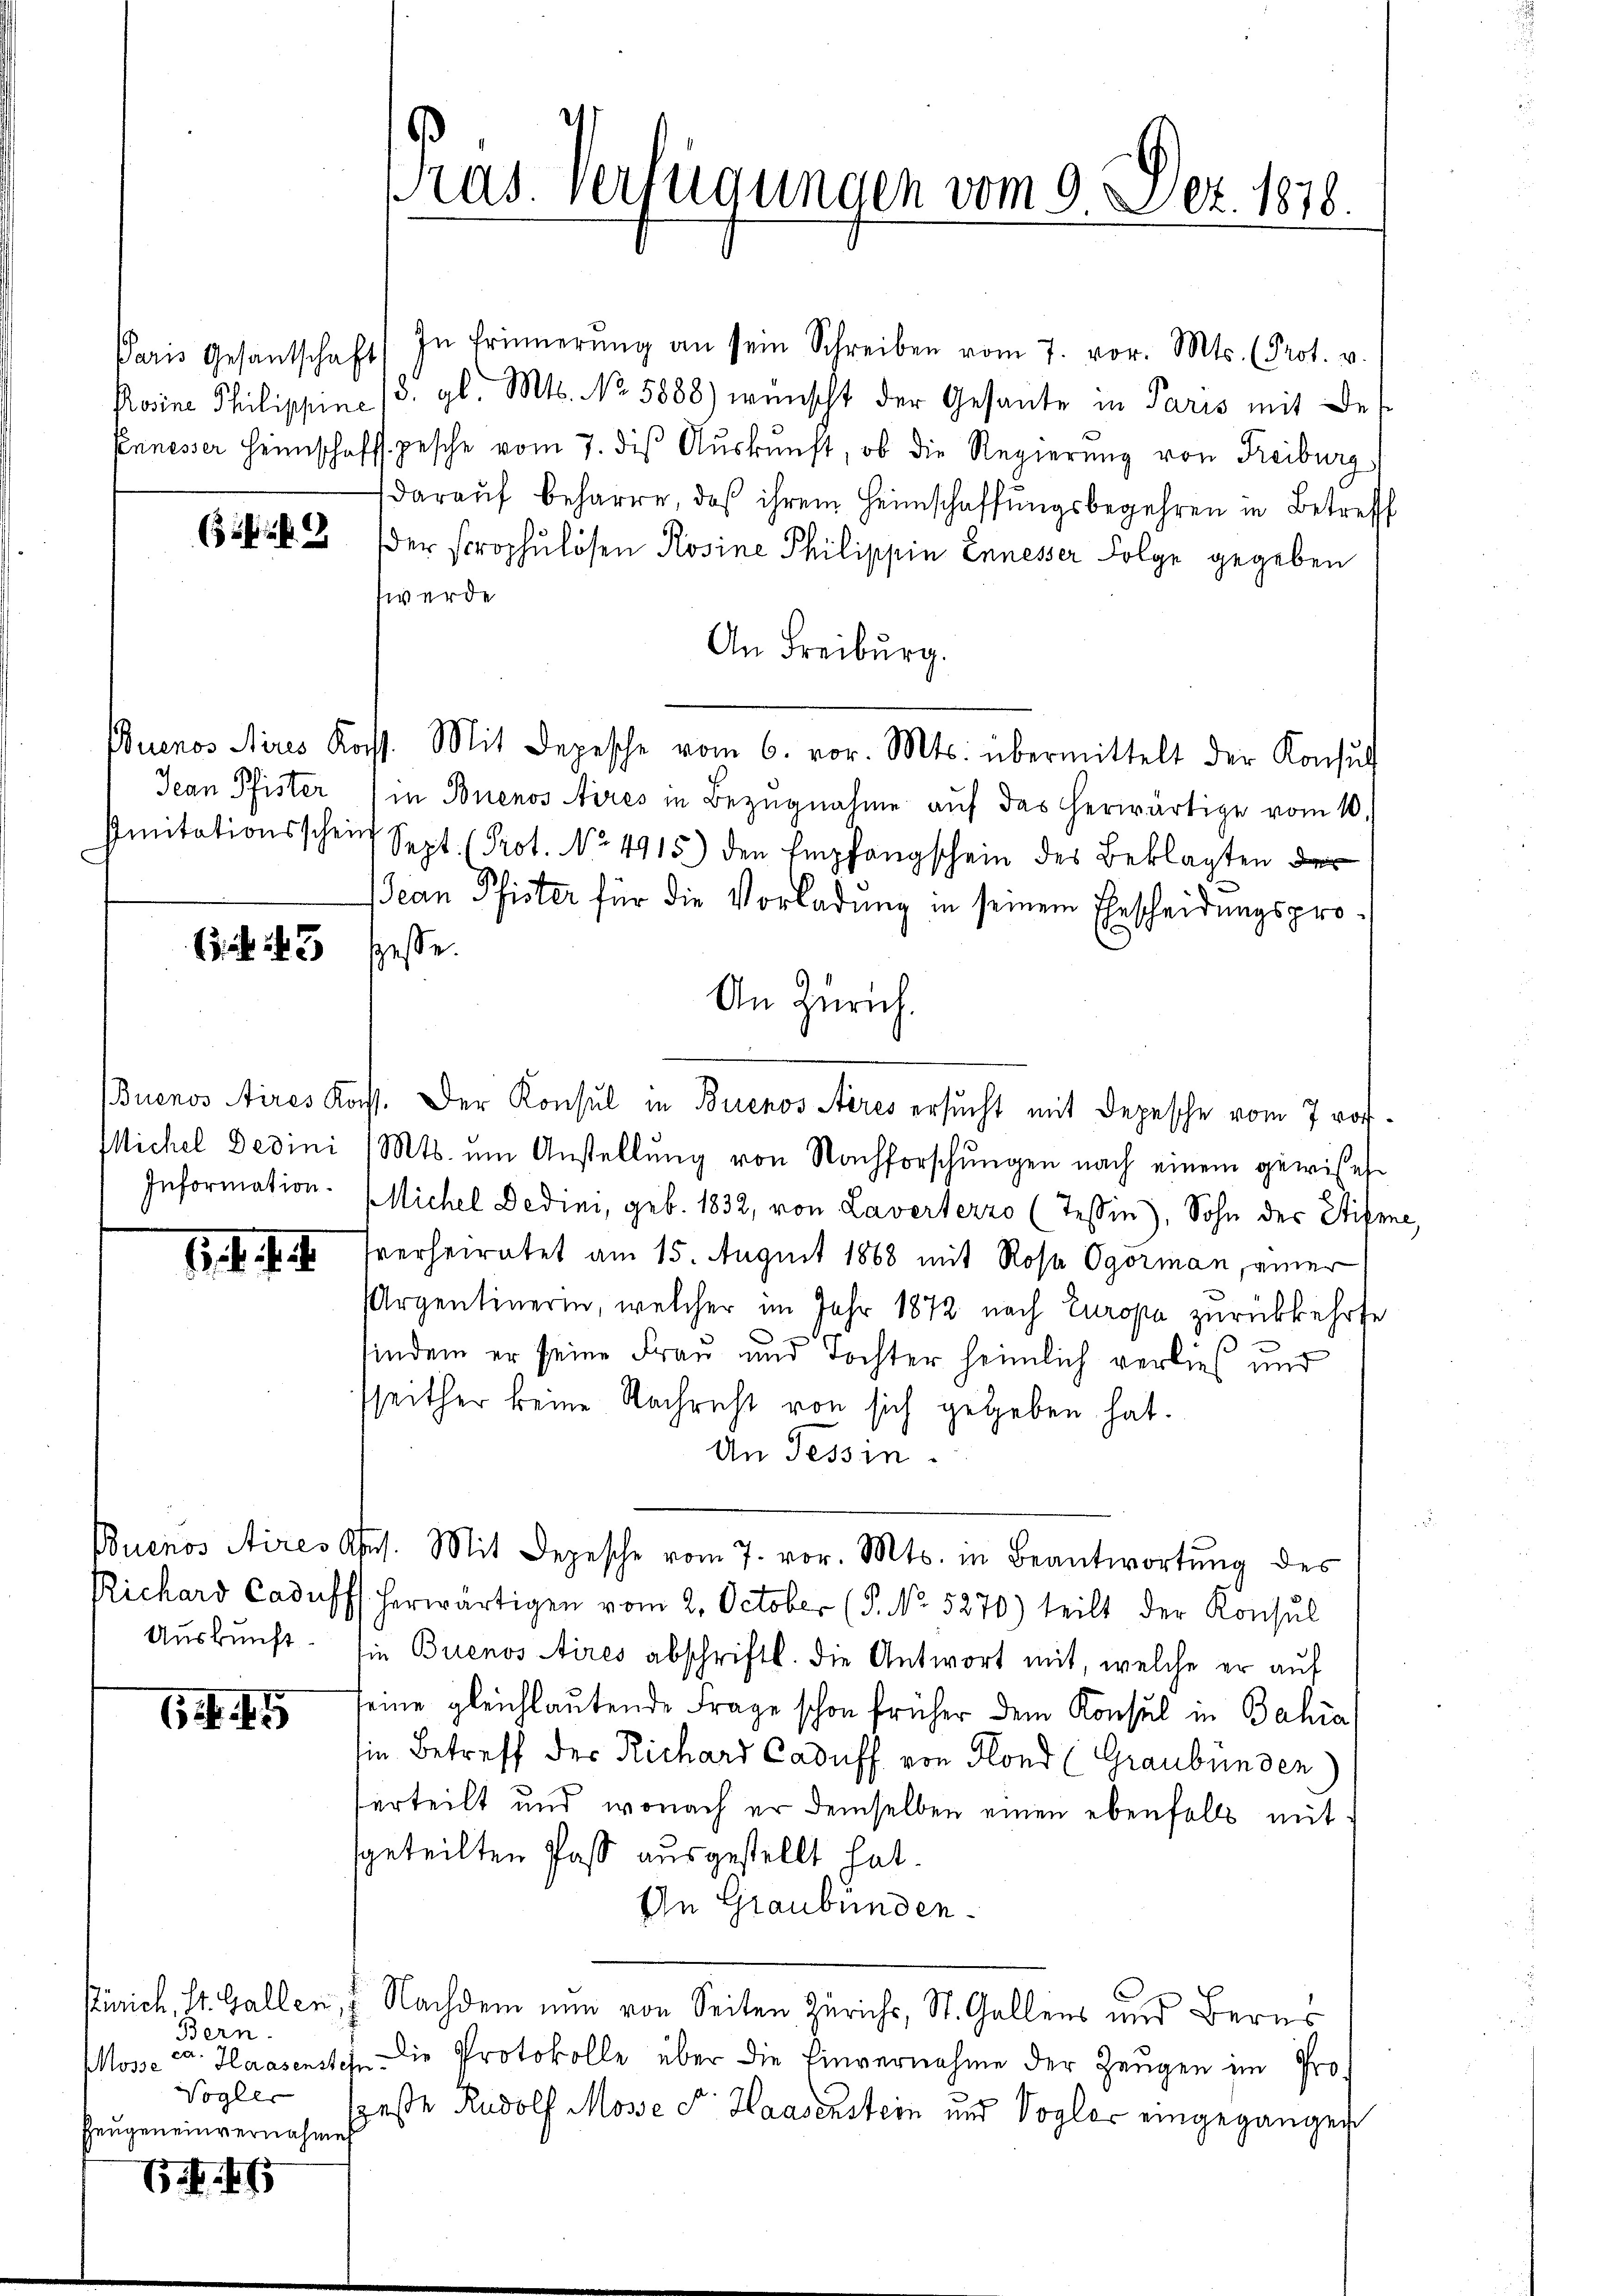
Paris Gesantschaft
Rosine Philippine

1. f.

5

. 475

Jean Pfister
Imitationsschein

.  143

Information.

Bern.
ca. Haasensten
osse
Vogler
Zeugeneinvernahme

In Erinnerung an sein Schreiben vom 7. vor. Mts. (Prot. v.
5. gl. Mts. No 5888) wünscht der Gesante in Paris mit der
Panesser Heimschaftsgesche vom 7. diβ Aŭskŭnft, ob die Regierŭng von Freiburg
daraŭf beharre, daß ihrem Heimschaffungsbegehren in Betreff
rk. 3 der strophulösen Rosine Philippin Ennesser Folge gegeben
werde
An Freiburg.
uenos Aires Koss. Mit Depesche vom 6. vor. Mts. übermittelt der Konsult
in Buenos Aires in Bezŭgnahme aŭf das herwärtige vom 10.
Sept. (Prot. No 4915) den Empfangschein des Beklagten der
Jean Pfister für die Vorladung in seinem Ehescheidungsprosesse.
An Zürich
Buenos Aires Kass. Der Konsul in Buenos Aeres ersucht mit Depesche vom 7 rof¬
Michel Dedini (Mts. um Anstellung von Nachforschungen nach einem gewisses
Michel Dedini, geb. 1832, von Laverterzo (Tessin), Sohn der Stifene
Iverheiratet am 15. August 1868 mit Rosa Ogorman, einer
Argentinerin, welcher im Jahr 1872 nach Europa zurückkehrte
indem er seine Frau und Tochter heimlich verließ und
sseither keine Nachricht von sich gegeben hat.
An Tessin.
Buenos Aires Ges. Mit Depesche vom 7. vor. Mts. in Beantwortŭng des
Richard Caduffs. herwärtigen vom 2. October (§. No. 5270) teilt der Konsul
Aŭskŭnft. sie Buenos Aires abschriftl. die Antwort mit, welche er auf
eine gleichlautende Frage schon früher dem Konsul in Bahia
in Betreff der Richard Caduff von Fond (Graubünden)
serteilt und wonach er demselben einen ebenfalls mit
geteilten Paß ausgestellt hat.
An Graubünden.
Zürich, St. Gallen, 7. Nachdem nun von Seiten Zürichs, St. Gallens und Berns
Die Protokolle über die Einvernahme der Zeŭgen im Progeste Rudolf Mösse d. Haadenstein und Vogler eingegangen

Pras. Verfügungen vom 9. Dez. 1878.